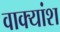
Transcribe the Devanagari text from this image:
वाक्‍यांश